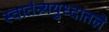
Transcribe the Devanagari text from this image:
स्वातंत्र्ययुध्दातले